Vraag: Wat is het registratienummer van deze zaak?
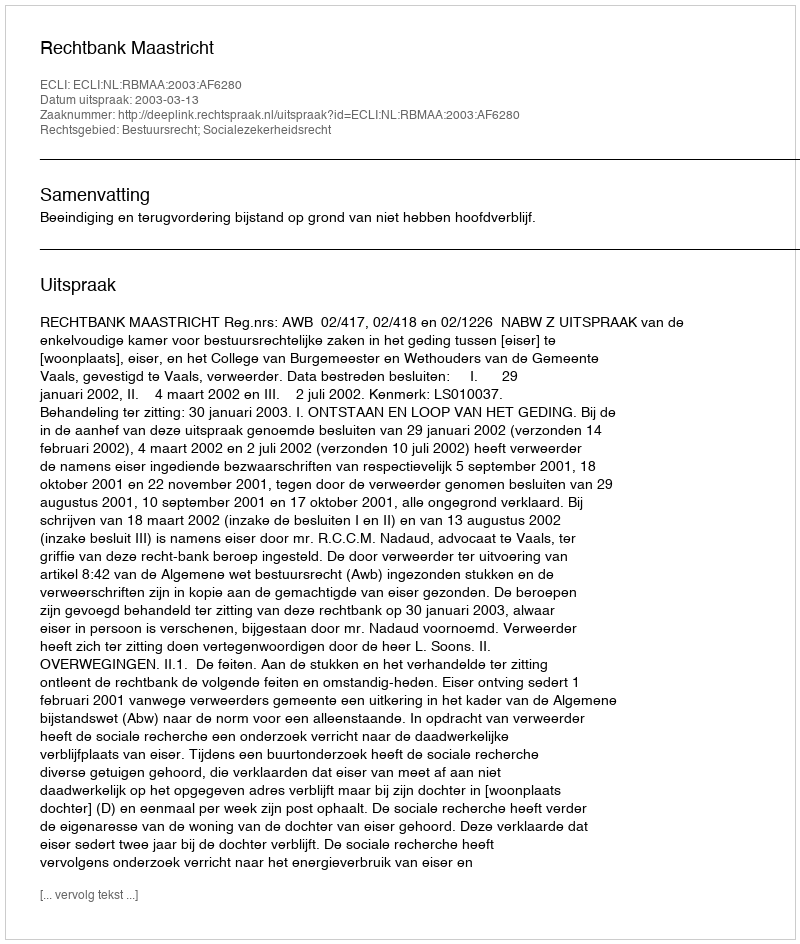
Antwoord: http://deeplink.rechtspraak.nl/uitspraak?id=ECLI:NL:RBMAA:2003:AF6280